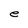
Character: e